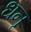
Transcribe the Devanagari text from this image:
धनृ